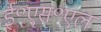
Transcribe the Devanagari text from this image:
ई॰एस॰एल